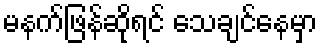
မနက်ဖြန်ဆိုရင် သေချင်နေမှာ